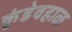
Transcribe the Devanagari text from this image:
कुंडेवहाळ